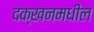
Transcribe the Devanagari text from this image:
दक्खनमधील